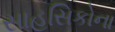
સાહસિકોના